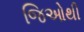
જિઓથી